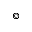
^ \copyright